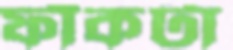
ফাঁকটা